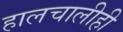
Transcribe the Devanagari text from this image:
हालचालीही